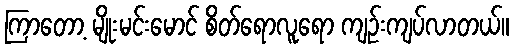
ကြာတော့ မျိုးမင်းမောင် စိတ်ရောလူရော ကျဉ်းကျပ်လာတယ်။